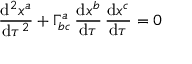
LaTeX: { \frac { \mathrm { d } ^ { 2 } x ^ { a } } { \mathrm { d } \tau ^ { 2 } } } + \Gamma _ { b c } ^ { a } \, { \frac { \mathrm { d } x ^ { b } } { \mathrm { d } \tau } } \, { \frac { \mathrm { d } x ^ { c } } { \mathrm { d } \tau } } = 0